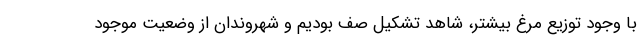
با وجود توزیع مرغ بیشتر، شاهد تشکیل صف بودیم و شهروندان از وضعیت موجود